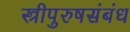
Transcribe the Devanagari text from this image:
स्त्रीपुरुषसंबंध